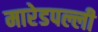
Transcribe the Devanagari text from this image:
मारेडपल्ली